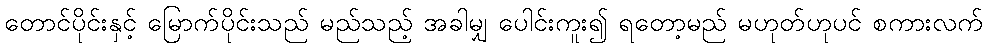
တောင်ပိုင်းနှင့် မြောက်ပိုင်းသည် မည်သည့် အခါမျှ ပေါင်းကူး၍ ရတော့မည် မဟုတ်ဟုပင် စကားလက်